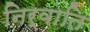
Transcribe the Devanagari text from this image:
निर्वाति